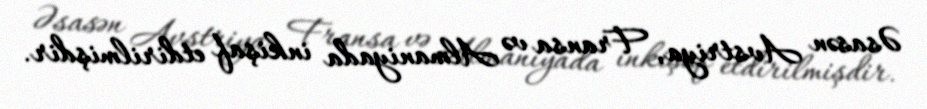
Əsasən Avstriya, Fransa və Almaniyada inkişaf etdirilmişdir.